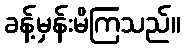
ခန့်မှန်းမိကြသည်။